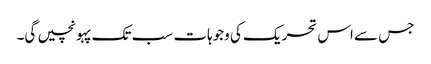
جس سے اس تحریک کی وجوہات سب تک پہونچیں گی۔